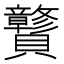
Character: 𰷝